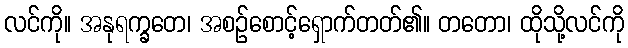
လင်ကို။ အနုရက္ခတေ၊ အစဉ်စောင့်ရှောက်တတ်၏။ တတော၊ ထိုသို့လင်ကို